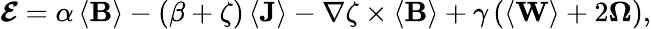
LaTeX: \boldsymbol{\mathcal{E}}=\alpha\left\langle\mathbf{B}\right\rangle-\left(\beta+\zeta\right)\left\langle\mathbf{J}\right\rangle-\nabla\zeta\times\left\langle\mathbf{B}\right\rangle+\gamma\left(\left\langle\mathbf{W}\right\rangle+2\boldsymbol{\Omega}\right),